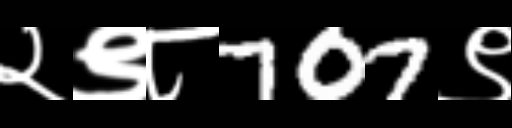
Text: २९८707९